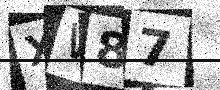
Text: XW87